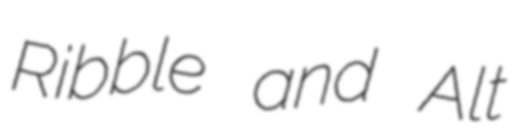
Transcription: Ribble and Alt